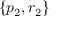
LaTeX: \{ p _ { 2 } , r _ { 2 } \}